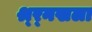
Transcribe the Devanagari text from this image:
श्र्र्नखला